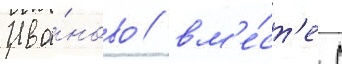
Ива́ново / вм'е́ст'е с